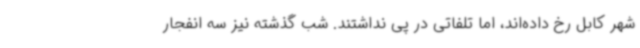
شهر کابل رخ داده‌اند، اما تلفاتی در پی نداشتند. شب گذشته نیز سه انفجار